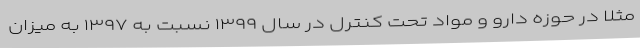
مثلا در حوزه دارو و مواد تحت کنترل در سال ۱۳۹۹ نسبت به ۱۳۹۷ به میزان